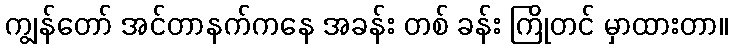
ကျွန်တော် အင်တာနက်ကနေ အခန်း တစ် ခန်း ကြိုတင် မှာထားတာ။